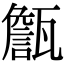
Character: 甔